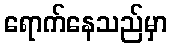
ရောက်နေသည်မှာ